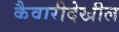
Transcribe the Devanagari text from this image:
कैवारीदेखील